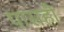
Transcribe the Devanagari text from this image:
पासही